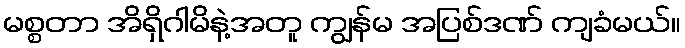
မစ္စတာ အိရှိဂါမိနဲ့အတူ ကျွန်မ အပြစ်ဒဏ် ကျခံမယ်။